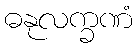
ဓနုလက္ခဏံ